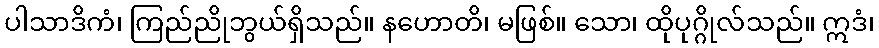
ပါသာဒိကံ၊ ကြည်ညိုဘွယ်ရှိသည်။ နဟောတိ၊ မဖြစ်။ သော၊ ထိုပုဂ္ဂိုလ်သည်။ ဣဒံ၊